Scottish Leaving Certificate Examination, 1960
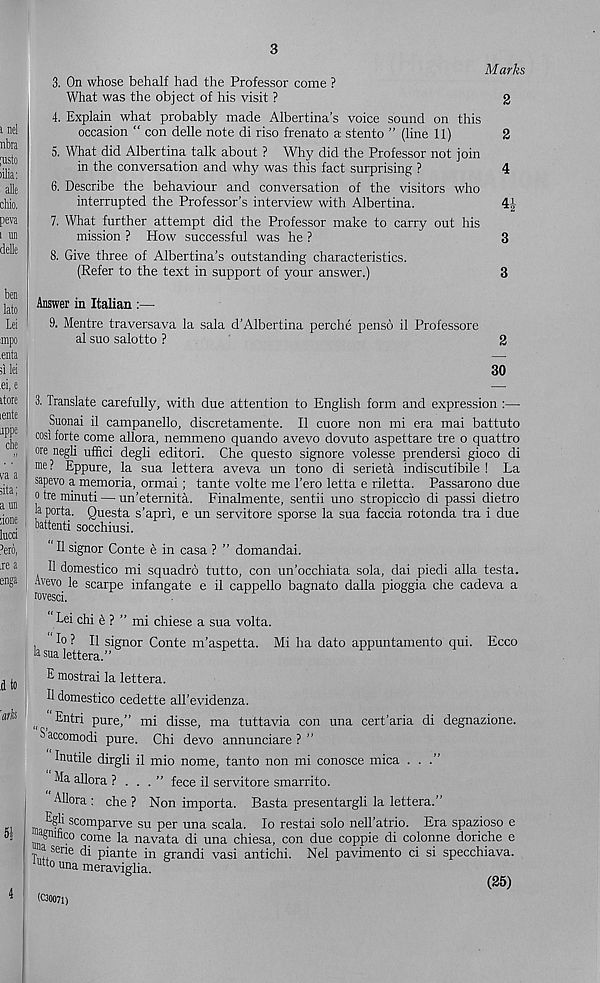
3
Marks
3. On whose behalf had the Professor come ?
What was the object of his visit ?
2
4. Explain what probably made Albertina’s voice sound on this
occasion “ con delle note di riso frenato a stento ” (line 11)
2
5. What did Albertina talk about ? Why did the Professor not join
in the conversation and why was this fact surprising ?
4
6. Describe the behaviour and conversation of the visitors who
interrupted the Professor’s interview with Albertina.
4|
7. What further attempt did the Professor make to carry out his
mission ? How successful was he ?
3
8. Give three of Albertina’s outstanding characteristics.
(Refer to the text in support of your answer.)
3
Answer in Italian :—
9. Mentre traversava la sala d’Albertina perche penso il Professore
al suo salotto ?
2
30
3. translate carefully, with due attention to English form and expression :—
Suonai il campanello, discretamente. II cuore non mi era mai battuto
cosi forte come allora, nemmeno quando avevo dovuto aspettare tre o quattro
ore negli uffici degli editori. Che questo signore volesse prendersi gioco di
me? Eppure, la sua lettera aveva un tono di serieta indiscutibile ! La
sapevo a memoria, ormai; tante volte me 1’ero letta e riletta. Passarono due
o tre minuti — un’eternita. Finalmente, sentii uno stropiccio di passi dietro
h porta. Questa s’apri, e un servitore sporse la sua faccia rotonda tra i due
oattenti socchiusi.
Il signor Conte e in casa ? ” domandai.
II domestico mi squadro tutto, con un’occhiata sola, dai piedi alia testa.
Avevo le scarpe infangate e il cappello bagnato dalla pioggia che cadeva a
rovesci.
Lei chi 6 ? ” mi chiese a sua volta.
Io ? Il signor Conte m’aspetta. Mi ha dato appuntamento qui. Ecco
ksua lettera.”
E mostrai la lettera.
U domestico cedette all’evidenza.
Entri pure,” mi disse, ma tuttavia con una cert’aria di degnazione.
$ accomodi pure. Chi devo annunciare ? ”
Inutile dirgli il mio nome, tanto non mi conosce mica . . .”
Ma allora ?
” fece il servitore smarrito.
Allora : che ? Non importa. Basta presentargli la lettera.”
scomparve su per una scala. lo restai solo nell’atrio. Era spazioso e
agnihco come la navata di una chiesa, con due coppie di colonne doriche e
a seri e qj pj ante j n g ran di vas i antichi. Nel pavimento ci si specchiava.
0 una meraviglia.
(25)
(C30071)